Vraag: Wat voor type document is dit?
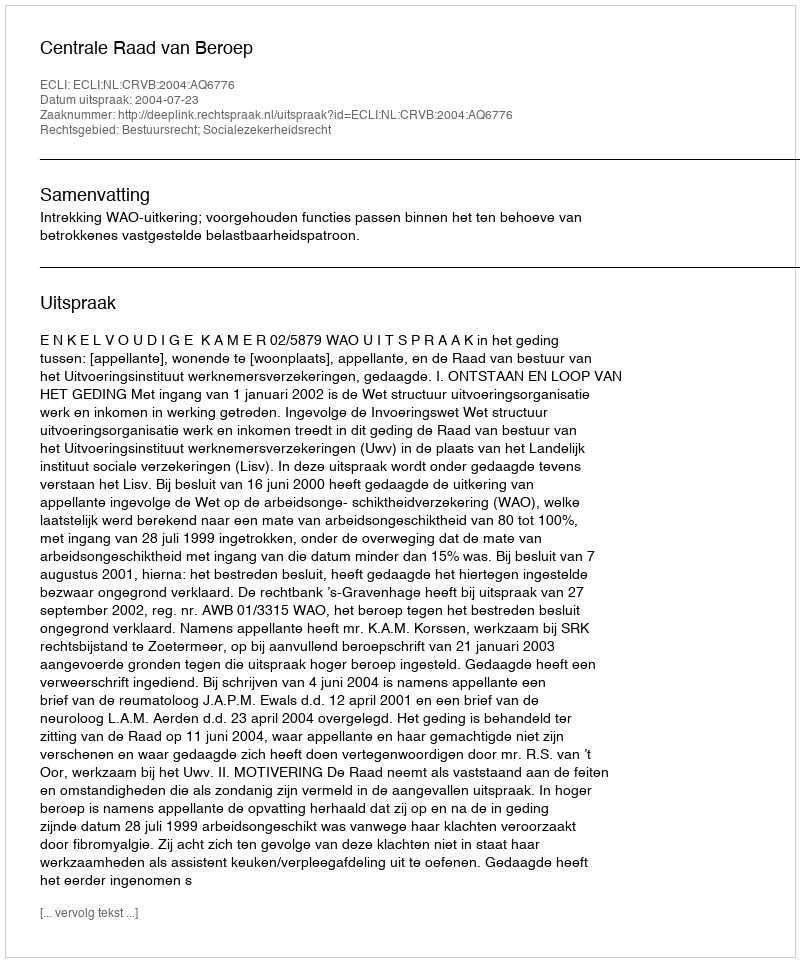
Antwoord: Uitspraak